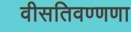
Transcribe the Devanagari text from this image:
वीसतिवण्णणा